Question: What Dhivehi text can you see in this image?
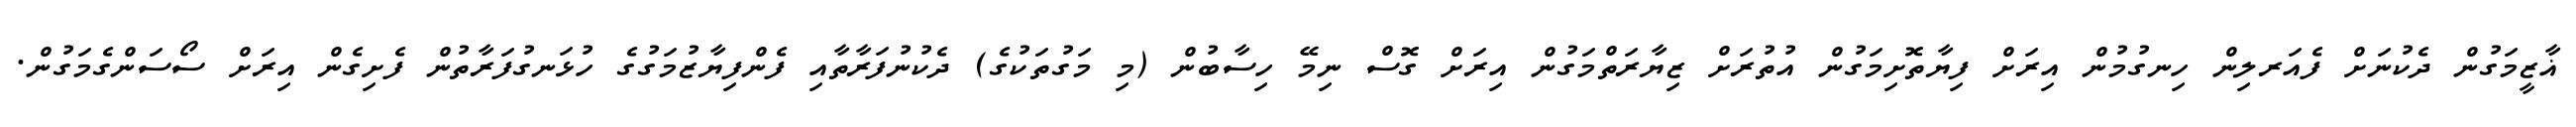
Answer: ޣާޒީމަގުން ދެކުނަށް ފެއަރލިން ހިނގުމުން އިރަށް ފިޔާތޮށިމަގުން އުތުރަށް ޒިޔާރަތްމަގުން އިރަށް ގޮސް ނިމޭ ހިސާބުން (މި މަގުތަކުގެ) ދެކުނުފަރާތާއި ފެންފިޔާޒުމަގުގެ ހުޅަނގުފަރާތުން ފެށިގެން އިރަށް ސޯސަންގެމަގުން.